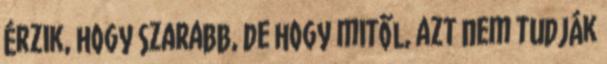
Érzik, hogy szarabb, de hogy mitől, azt nem tudják